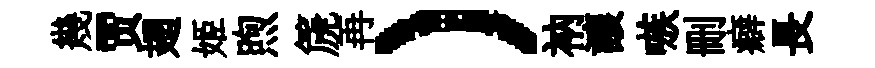
幾贾翅姬煦篪再）衲讓嗾删癖長